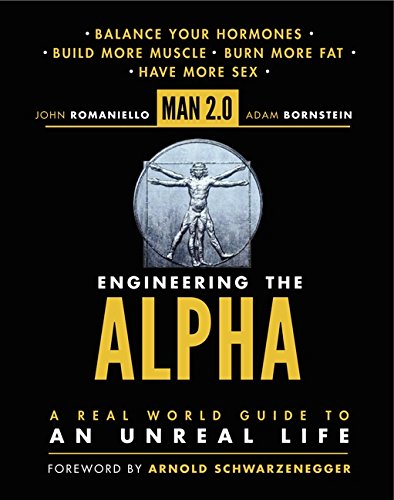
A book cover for Man 2.0 Engineering the Alpha: A Real World Guide to an Unreal Life: Build More Muscle. Burn More Fat. Have More Sex; John Romaniello; Health, Fitness & Dieting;